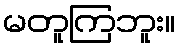
မတူကြဘူး။